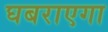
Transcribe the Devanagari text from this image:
घबराएगा